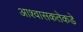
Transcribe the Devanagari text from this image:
आश्वासकतेकडे